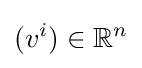
(v^{i})\in \mathbb {R} ^{n}